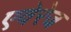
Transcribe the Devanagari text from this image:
एवेरेज